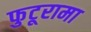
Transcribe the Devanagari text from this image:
फुटूरामा